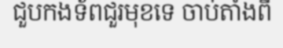
ជួបកងទ័ពជួរមុខទេ ចាប់តាំងពី